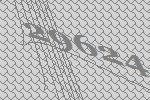
29624